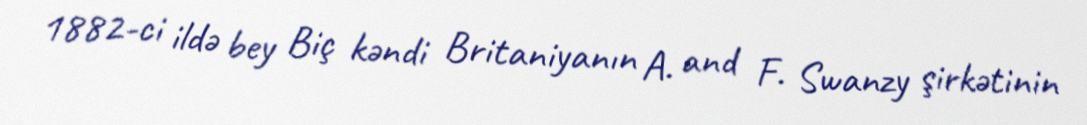
1882-ci ildə bey Biç kəndi Britaniyanın A. and F. Swanzy şirkətinin